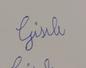
Signature authenticity: forged